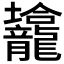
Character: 𱍀